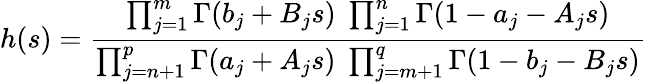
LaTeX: h(s)=\frac{\prod_{j=1}^{m}\Gamma(b_{j}+B_{j}s)\; \prod_{j=1}^{n}\Gamma(1-a_{j}-A_{j}s)}{\prod_{j={n+1}}^{p}\Gamma(a_{j}+A_{j}s)\; \prod_{j={m+1}}^{q}\Gamma(1-b_{j}-B_{j}s)}